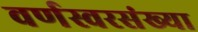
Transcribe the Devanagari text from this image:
वर्णस्वरसंख्या